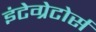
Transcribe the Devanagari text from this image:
इंटेग्रेटोर्स